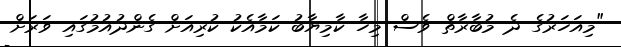
"މިއަހަރުގެ ދެ މުބާރާތް ވެސް މިހާ ކާމިޔާބު ކަމާއެކު ކުރިއަށް ގެންދުއުމުގައި ވަރަށް